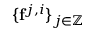
\{ \mathbf { f } ^ { j , i } \} _ { j \in \mathbb { Z } }